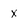
Character: x